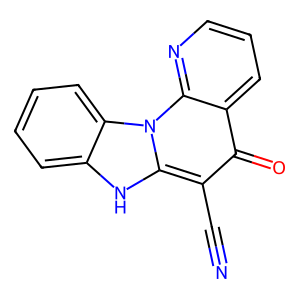
SMILES: N#Cc1c(=O)c2cccnc2n2c1[nH]c1ccccc12
Inhibits HIV replication: No